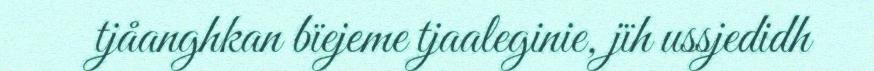
tjåanghkan bïejeme tjaaleginie, jïh ussjedidh